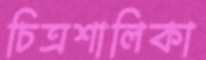
চিত্রশালিকা